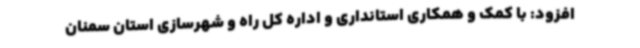
افزود: با کمک و همکاری استانداری و اداره کل راه و شهرسازی استان سمنان